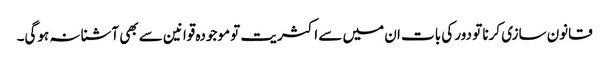
قانون سازی کرنا تو دور کی بات ان میں سے اکثریت تو موجودہ قوانین سے بھی آشنا نہ ہوگی۔